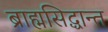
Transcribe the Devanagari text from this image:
ब्राह्मसिद्धान्त